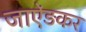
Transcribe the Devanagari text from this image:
जाऐंड़कर